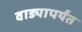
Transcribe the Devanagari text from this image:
वाड्यापर्यंत